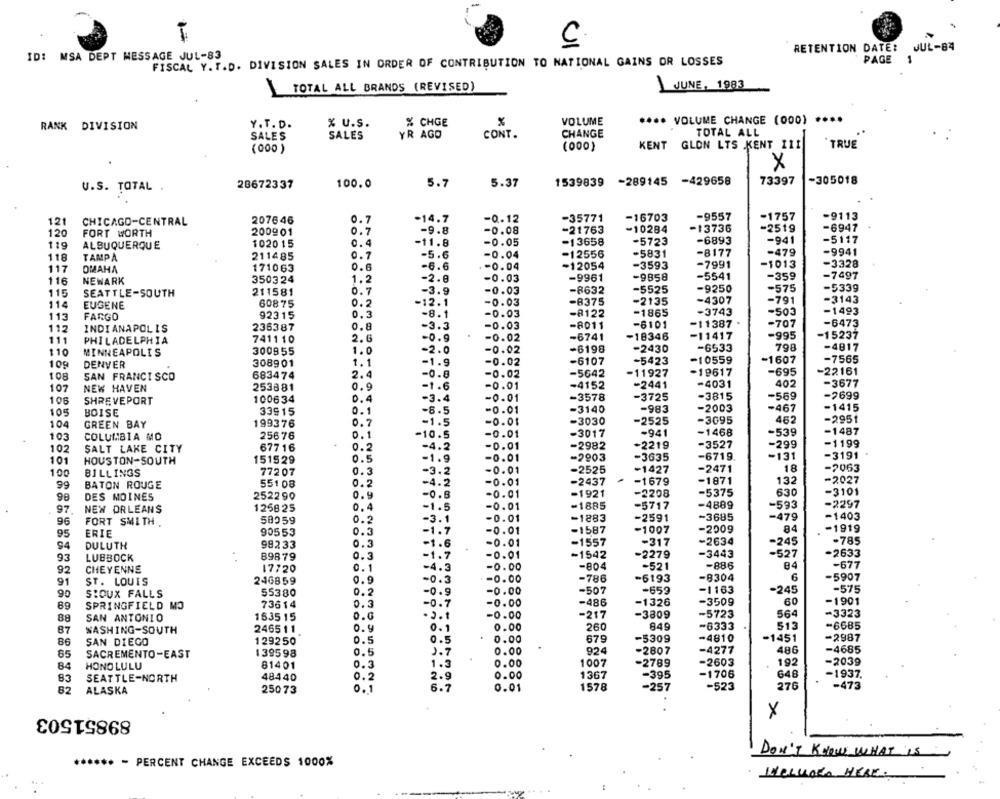
C
RETENTION DATE:
JUL-84
ID: MSA DEPT MESSAGE JUL-83
FISCAL Y. T.D. DIVISION SALES IN ORDER OF CONTRIBUTION TO NATIONAL GAINS OR LOSSES
PAGE
JUNE, 1983
TOTAL ALL BRANDS (REVISED)
VOLUME
**** VOLUME CHANGE (000)
RANK DIVISION
Y. T. D.
% U.S.
% CHGE
SALES
SALES
YR AGO
CONT.
CHANGE
TOTAL ALL
KENT GLON LTS KENT IL1
TRUE
(000 )
(000)
X
28672337
100.0
5.7
5.37
1539839
-289145
-429658
73397
-305018
U.S. TOTAL
-9557
-1757
-9113
121
CHICAGO-CENTRAL
207646
0.7
-14.7
-0.12
-35771
-16703
120
FORT WORTH
200901
0.7
-9.8
-0.08
-21763
-10284
-13736
-2519
-6947
-6893
-941
-5117
119
ALBUQUERQUE
102015
-11.8
-0.05
-13658
-5723
118
TAMPA
211485
7
-5.6
-0.04
-12556
-5831
-8177
-479
-9941
-3593
-7991
-1013
-3328
117
OMAHA
171063
-6.6
-0.04
-12054
116
NEWARK
350324
1
-2.8
-0.03
-9961
-9858
-5541
-359
-7497
7
-5525
-9250
-575
-5339
115
SEATTLE-SOUTH
211581
-3.9
-0.03
-8632
114
EUGENE
60875
0
-12.1
-0.03
-8375
-2135
-4307
-791
-3143
-8.1
-0.03
-1865
-3743
-503
-1493
113
FARGO
92315
-8122
112
INDIANAPOLIS
236387
-3.3
-0.03
-8011
-6101
-11387
-707
-6473
2
-0.9
-0.02
-6741
-18346
-11417
-995
-15237
111
PHILADELPHIA
7411 10
110
MINNEAPOLIS
300855
1.
0
-2.0
-0.02
-6198
-2430
-6533
798
-4817
1
-0.02
-6107
-5423
-10559
-1607
-7565
109
DENVER
308901
-1.9
108
SAN FRANCISCO
683474
2
4
-0.8
-0.02
-5642
-11927
-19617
-695
-22161
-1.6
-4152
-2441
-4031
402
-3677
107
NEW HAVEN
253881
-0.01
106
SHREVEPORT
100634
4
-3.4
-0.01
-3578
-3725
-3815
-569
-2699
0
-3140
-983
-2003
-467
-1415
105
BOISE
33915
-8.5
-0.01
104
GREEN BAY
199376
7
-1.5
-0.01
-3030
-2525
-3095
462
-2951
1
-0.01
-3017
-941
-1468
-539
-1487
103
COLUMBIA MO
25676
-10.5
SALT LAKE CITY
677 16
2
-4.2
-0.01
-2982
+2219
-3527
-299
-1199
102
-6719.
-131
-3191
101
HOUSTON-SOUTH
151529
-1.9
-0.01
-2903
-3635
100
772 07
3
-3.2
-0.01
-2525
-1427
-2471
18
-7063
BILLINGS
-1871
-2027
99
BATON ROUGE
551 08
0.2
-4.2
-0.01
-2437
-1679
132
DES MOINES
252290
4
-0.8
-0.01
-1921
-2208
-5375
630
-3101
98
-4889
-593
-2297
97
NEW ORLEANS
1258 25
-1.5
-0.01
-1885
-5717
58059
0.2
-0.01
-1883
-2591
-3685
-479
-1403
96
FORT SMITH ,
-3.1
84
95
ERIE
90553
-1.7
-0.01
-1587
-1007
-2009
-1919
0
3
1.6
-0.01
-1557
-317
-2634
-245
-785
94
DULUTH
98233
93
LUBBOCK
898 79
-1. 7
-0.01
-1542
-2279
-3443
-527
-2633
17720
1
-4.3
-0.00
-804
-521
-886
84
-677
92
CHEYENNE
6
91
ST. LOUIS
246859
-0.3
-0.00
-786
-6193
-8304
-5907
55380
2
-0.9
-0.00
-507
-659
-1163
-245
-575
90
SIOUX FALLS
60
-1901
89
SPRINGFIELD MO
73614
3
-0.7
-0.00
-486
-1326
-3509
0.0
-0.00
-217
-3809
-5723
564
-3323
88
SAN ANTONIO
153515
. 2 .1
87
WASHING-SOUTH
246511
0.1
0.00
260
849
-6333
513
-6685
0.5
0.5
0.00
679
-5309
-4810
-1451
-2987
86
SAN DIEGO
129250
65
SACREMENTO-EAST
139598
0.5
1.7
0.00
924
-2807
-4277
486
-4685
1.3
0.00
1007
-2789
-2603
192
-2039
84
HONOLULU
81401
0.3
83
SEATTLE-NORTH
48440
O.
2
2.9
0.00
1367
-395
-1706
648
-1937.
0. 1
6.7
0.01
1578
-257
-523
276
-473
82
ALASKA
25073
89851503
X
DON'T KNOW WHAT IS
****** - PERCENT CHANGE EXCEEDS 1000%
WELLLOED HERE.
...